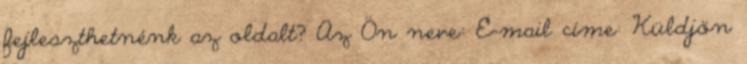
fejleszthetnénk az oldalt? Az Ön neve: E-mail címe: Küldjön